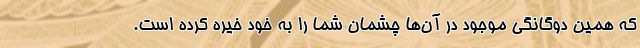
که همین دوگانگی موجود در آن‌ها چشمان شما را به خود خیره کرده است.